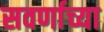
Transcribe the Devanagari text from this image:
सवर्णाच्या